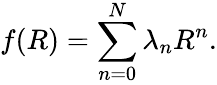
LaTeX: f(R)=\sum_{n=0}^{N}\lambda_{n}R^{n}.